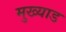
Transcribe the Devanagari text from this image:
मुख्याड